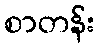
စာတန်း